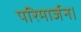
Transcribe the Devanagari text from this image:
परिमार्जन।